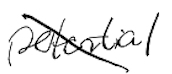
Text: potential
Cross-out: diagonal
Writing tool: digital_black